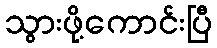
သွားဖို့ကောင်းပြီ